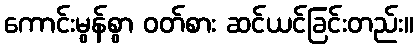
ကောင်းမွန်စွာ ဝတ်စား ဆင်ယင်ခြင်းတည်း။